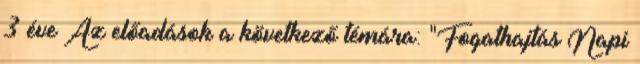
3 éve Az előadások a következő témára: "Fogathajtás Napi